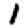
Digit: 1